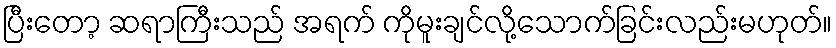
ပြီးတော့ ဆရာကြီးသည် အရက် ကိုမူးချင်လို့သောက်ခြင်းလည်းမဟုတ်။